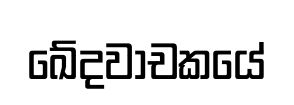
ඛේදවාචකයේ